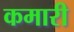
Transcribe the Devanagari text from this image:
कमारी